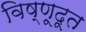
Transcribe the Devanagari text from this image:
विष्णूदूत